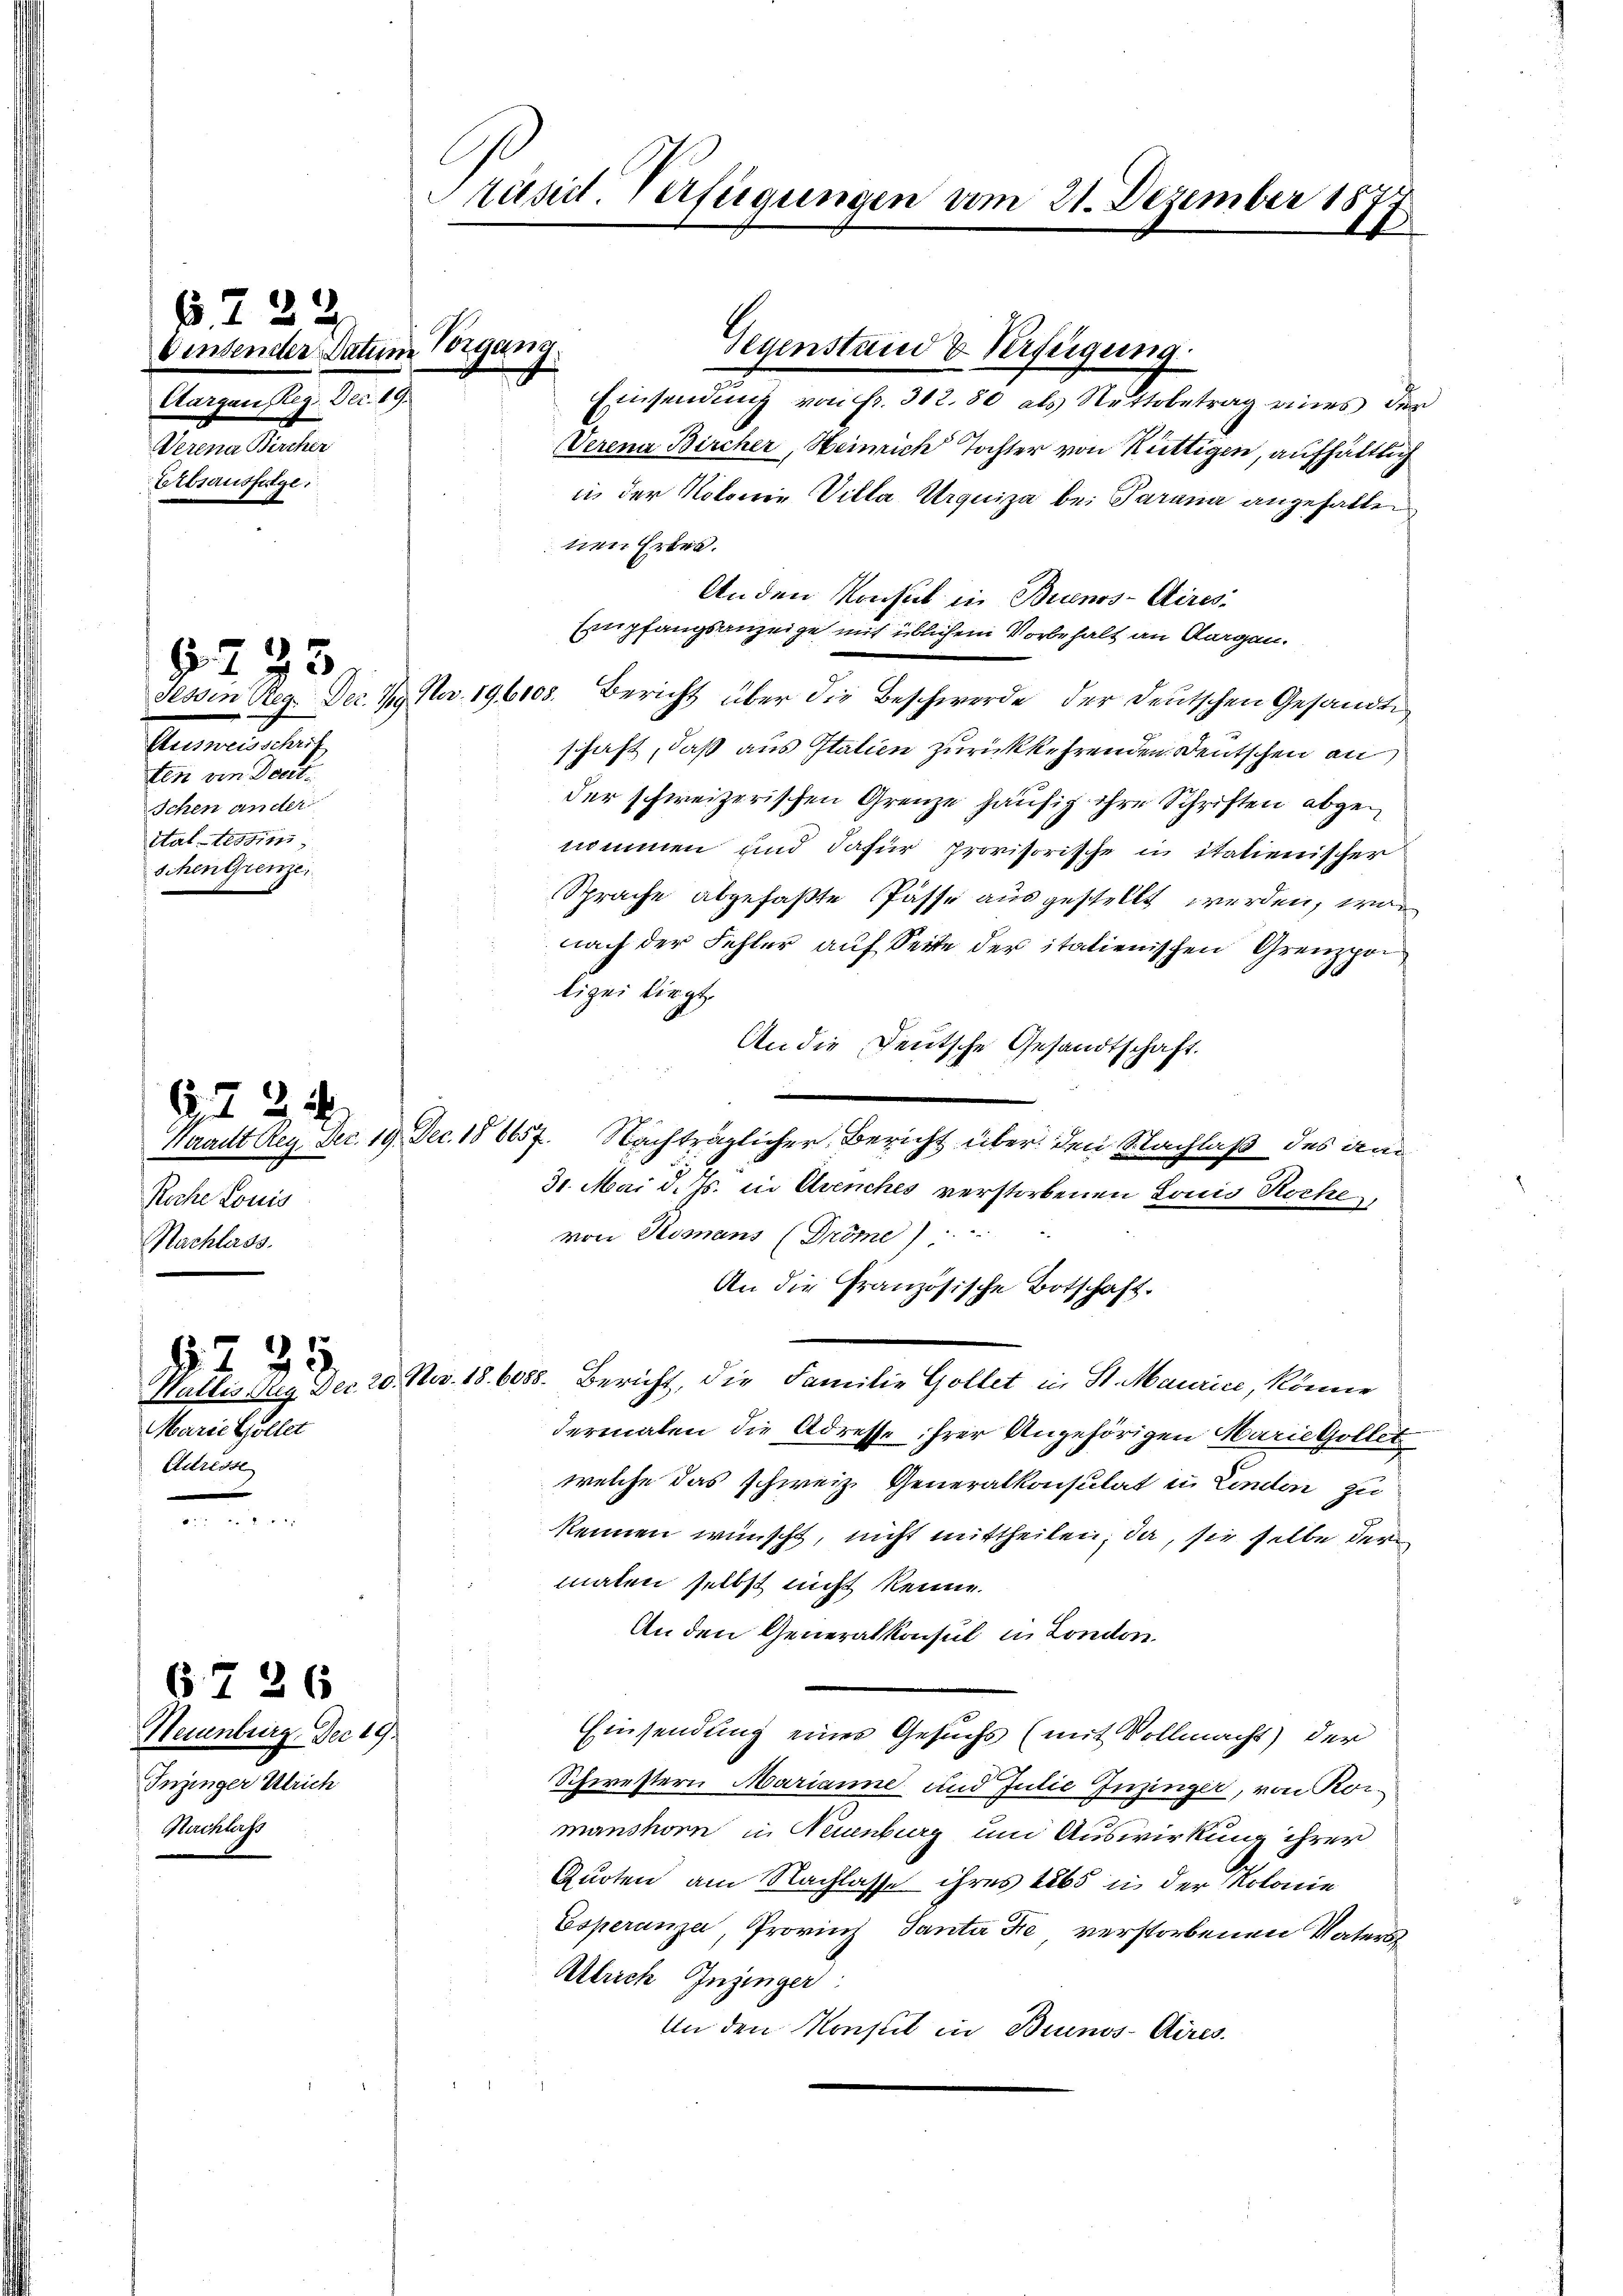
§ 222
bintender Datum Vorgang.
Aargau Reg. Dec. 19
Verena Bircher
Erbsaussetze

§ 235

§ 235.
Tessin Reg. Dec. 19. Nov. 196108.
Ausweisschrif
ten von Deut
Ichen ander
Stattestim
Schen Grenze

62. 2
Roche Louis
Nachlass.

Marie Gollet
Adresse

Neuenburg. Der 19
Inzinger Ulrich
Nachlass

67 26

räsid. Verfügungen vom 21. Dezember 182.
1

.
Waraut Reg. Dec. 19. Dec. 186657. Nachträglicher Bericht über den Nachlaß des an

Gegenstand & Verfügung.
Einsendung von Fr. 312. 80 als Nettobetrag eines der
Verena Bircher, Heinrich Tochter von Rüttigen, aufhältlich
in der Notomie Villa Urquiza bei Parana angefallen
ten Erben.
Anden Konsul in Buenos-Aires.
Empfangsanzeige mit üblichem Vorbehalt an Morgen.
Bericht über die Beschwerde der deutschen Gesandte
schaft, daß aus Italien zurückkehrenden Deutschen an
der schweizerischen Grenze häufig ihre Schriften abgenommen und dafür provisorische in italienischer
Sprache abgefaßte Pässe ausgestellt werden, wo
nach der Fehler auf Seite der italienischen Grenzpoi
lizei liegt.
An die Deutsche Gesandtschaft.
30. Mai d. Js. in Avenches verstorbenen Louis Koche
von Romans (Gröme
An die Französische Botschaft.
Wallis Reg. Der 20. Nov. 18. 6088. Bericht, die Familie Gollet in St. Maurice, könne
dermalen die Adresse ihrer Angehörigen Marie Gollet
welche das schweiz. Generalkonsulat in Linden zu
kennen wünscht, nicht mittheilen, da, sie selbe der
malen selbst nicht kenne.
An den Generalkonsul in London.
Einsendung eines Gesuchs (mit Vollmacht) der
Schwestern Marianne und Julie Inzinger, von Rormanshorn in Neuenburg und Auswirkung ihrer
Quoten am Nachlasse ihres tats in der Kolonie
Esperanza, Provinz Santa die verstorbenen Vaters
Allich Injinger:
An den Konstit in Brunos-Aires.